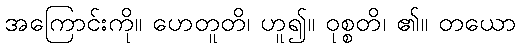
အကြောင်းကို။ ဟေတူတိ၊ ဟူ၍။ ဝုစ္စတိ၊ ၏။ တယော